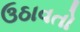
ઉઠાવતો